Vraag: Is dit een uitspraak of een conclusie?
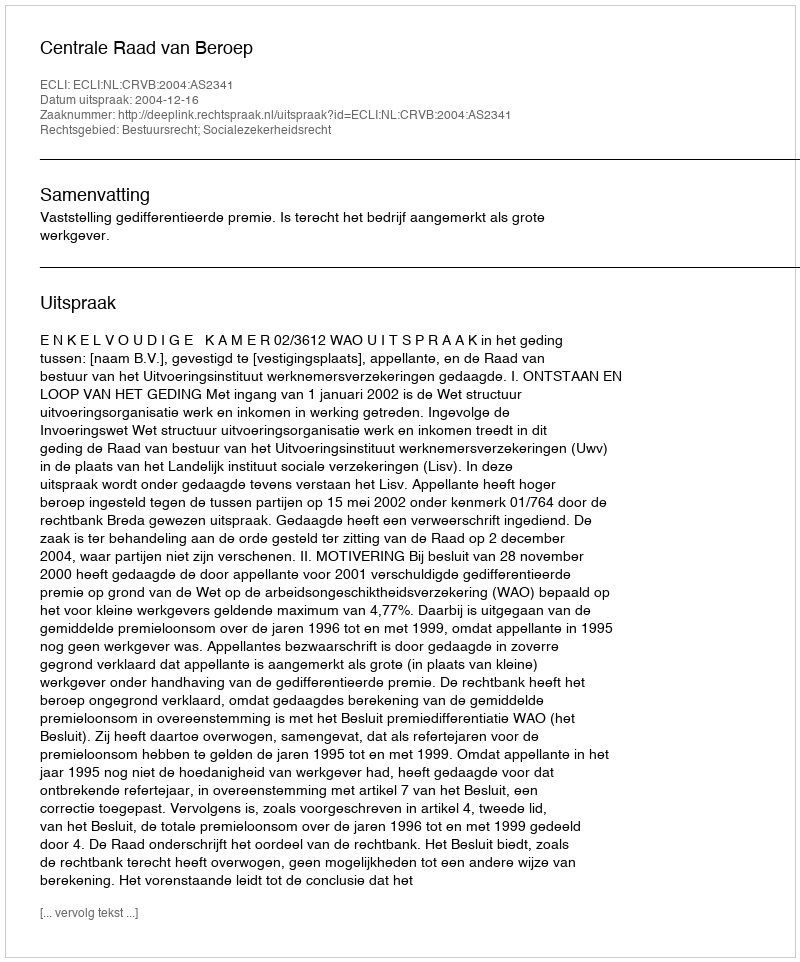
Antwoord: Uitspraak